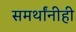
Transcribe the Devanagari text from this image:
समर्थांनीही